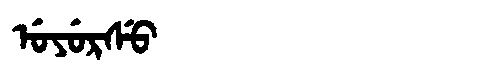
Manchu: ᡠᠶᡠᡵᠰᡠ
Romanization: UYURSU